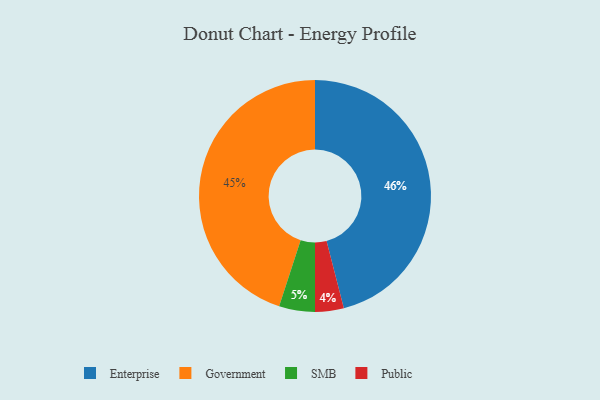
{"axis": {"x": "Category", "y": "Percentage"}, "legend": ["Enterprise", "Government", "Public", "SMB"], "data": [{"x": "Government", "y": 45, "type": "Government"}, {"x": "SMB", "y": 5, "type": "SMB"}, {"x": "Enterprise", "y": 46, "type": "Enterprise"}, {"x": "Public", "y": 4, "type": "Public"}]}